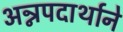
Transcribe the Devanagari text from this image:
अन्नपदार्थाने